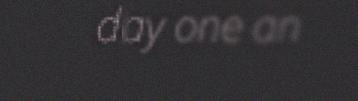
day one an